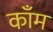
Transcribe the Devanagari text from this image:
काँम